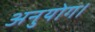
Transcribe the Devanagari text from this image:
अनुयोग।